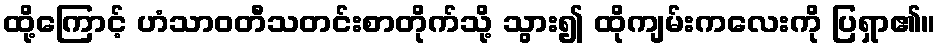
ထို့ကြောင့် ဟံသာဝတီသတင်းစာတိုက်သို့ သွား၍ ထိုကျမ်းကလေးကို ပြရှာ၏။